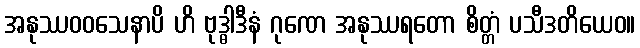
အနုဿဝဝသေနာပိ ဟိ ဗုဒ္ဓါဒီနံ ဂုဏေ အနုဿရတော စိတ္တံ ပသီဒတိယေဝ။